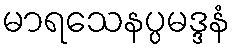
မာရသေနပ္ပမဒ္ဒနံ